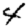
Digit: 4